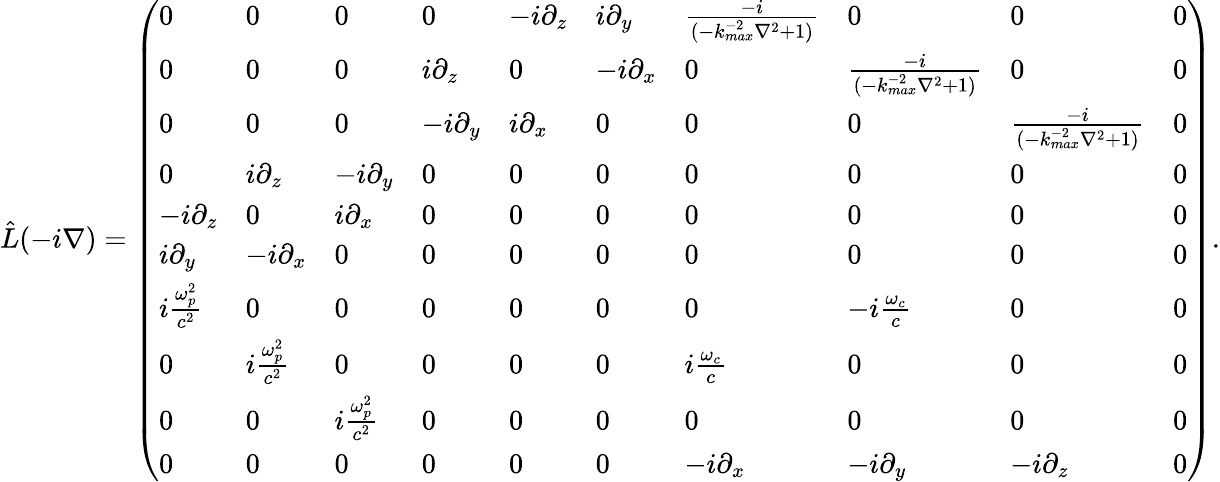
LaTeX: \begin{array}{r}{\hat{L}(-i\nabla)=\left(\begin{array}{llllllllll}{0}&{0}&{0}&{0}&{-i\partial_{z}}&{i\partial_{y}}&{\frac{-i}{(-k_{max}^{-2}\nabla^{2}+1)}}&{0}&{0}&{0}\\ {0}&{0}&{0}&{i\partial_{z}}&{0}&{-i\partial_{x}}&{0}&{\frac{-i}{(-k_{max}^{-2}\nabla^{2}+1)}}&{0}&{0}\\ {0}&{0}&{0}&{-i\partial_{y}}&{i\partial_{x}}&{0}&{0}&{0}&{\frac{-i}{(-k_{max}^{-2}\nabla^{2}+1)}}&{0}\\ {0}&{i\partial_{z}}&{-i\partial_{y}}&{0}&{0}&{0}&{0}&{0}&{0}&{0}\\ {-i\partial_{z}}&{0}&{i\partial_{x}}&{0}&{0}&{0}&{0}&{0}&{0}&{0}\\ {i\partial_{y}}&{-i\partial_{x}}&{0}&{0}&{0}&{0}&{0}&{0}&{0}&{0}\\ {i\frac{\omega_{p}^{2}}{c^{2}}}&{0}&{0}&{0}&{0}&{0}&{0}&{-i\frac{\omega_{c}}{c}}&{0}&{0}\\ {0}&{i\frac{\omega_{p}^{2}}{c^{2}}}&{0}&{0}&{0}&{0}&{i\frac{\omega_{c}}{c}}&{0}&{0}&{0}\\ {0}&{0}&{i\frac{\omega_{p}^{2}}{c^{2}}}&{0}&{0}&{0}&{0}&{0}&{0}&{0}\\ {0}&{0}&{0}&{0}&{0}&{0}&{-i\partial_{x}}&{-i\partial_{y}}&{-i\partial_{z}}&{0}\end{array}\right).}\end{array}